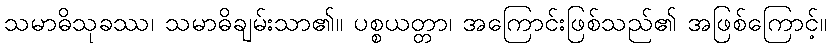
သမာဓိသုခဿ၊ သမာဓိချမ်းသာ၏။ ပစ္စယတ္တာ၊ အကြောင်းဖြစ်သည်၏ အဖြစ်ကြောင့်။